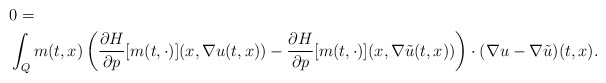
\begin{align*} &0= \\ & \int_{Q} m(t,x) \left( \frac {\partial H}{\partial p} [m(t,\cdot)]( x, \nabla u(t,x)) - \frac {\partial H}{\partial p}[m(t,\cdot)]( x, \nabla \tilde u(t,x))\right)\cdot (\nabla u-\nabla \tilde u) (t,x). \end{align*}